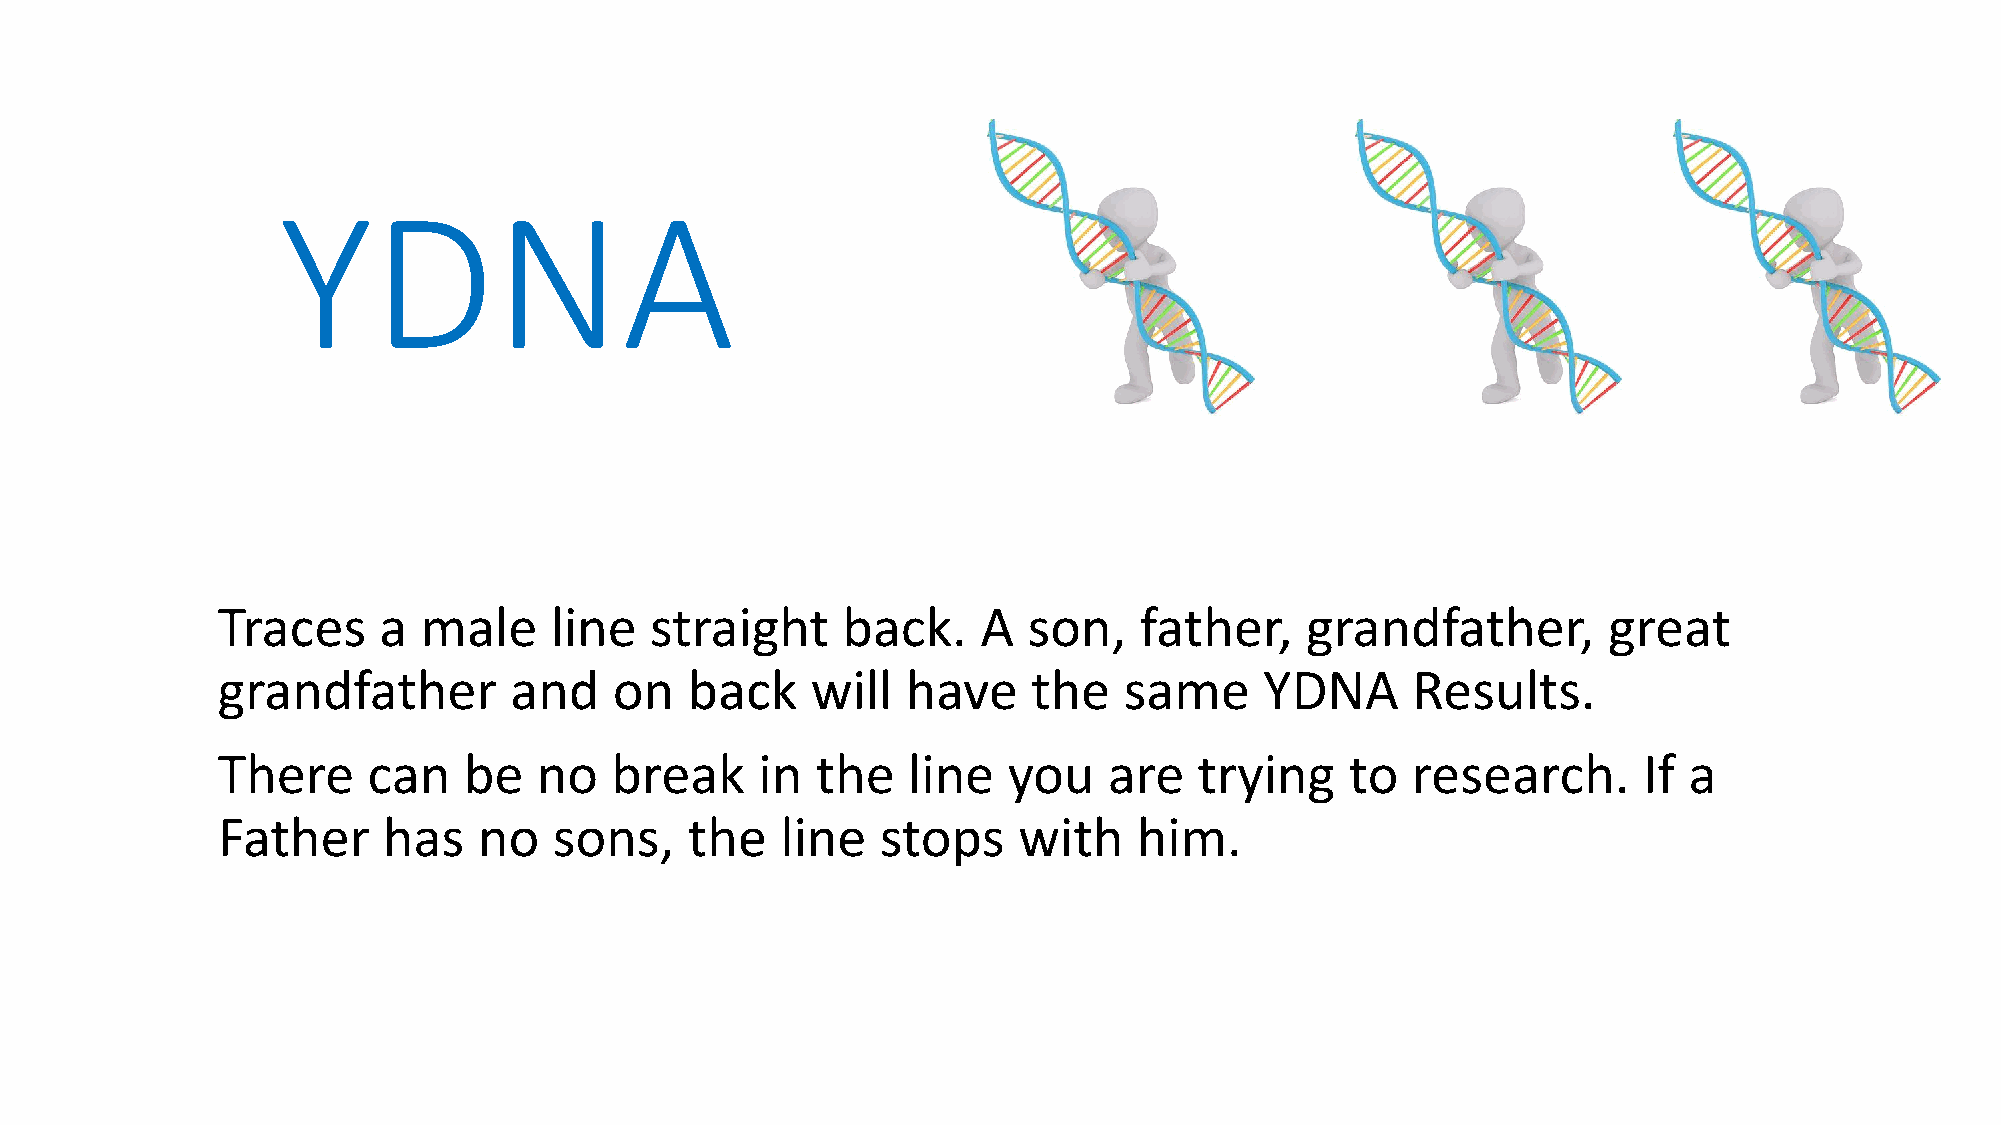
YDNA
 Traces     a  male    line   straight     back.    A  son,   father,    grandfather,        great
 grandfather         and    on  back     will  have    the   same      YDNA     Results.
 There     can    be   no  break     in  the   line   you   are   trying    to  research.       If a
 Father     has    no   sons,    the   line  stops    with    him.